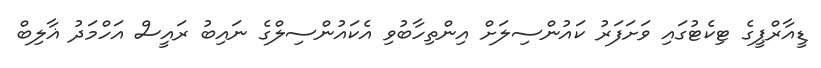
ޑީއާރްޕީގެ ޓިކެޓުގައި ވަށަފަރު ކައުންސިލަށް އިންތިހާބުވި އެކައުންސިލްގެ ނައިބު ރައީސް އަހްމަދު ޣާލިބް